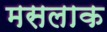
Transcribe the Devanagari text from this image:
मसलाक